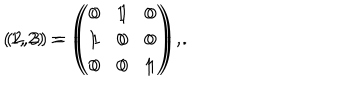
( 1 , 2 ) = \left( \begin{matrix} { { 0 } } & { { 1 } } & { { 0 } } \\ { { 1 } } & { { 0 } } & { { 0 } } \\ { { 0 } } & { { 0 } } & { { 1 } } \\ \end{matrix} \right) , \hspace { . 1 i n } ( 2 , 3 ) = \left( \begin{matrix} { { 0 } } & { { 1 } } & { { 0 } } \\ { { 1 } } & { { 0 } } & { { 0 } } \\ { { 0 } } & { { 0 } } & { { 1 } } \\ \end{matrix} \right) \, .